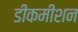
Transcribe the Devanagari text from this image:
डीकमीशन